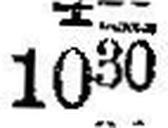
1030